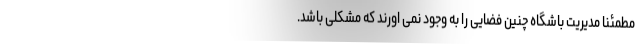
مطمئنا مدیریت باشگاه چنین فضایی را به وجود نمی اورند که مشکلی باشد.